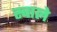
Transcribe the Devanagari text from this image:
स्वाले